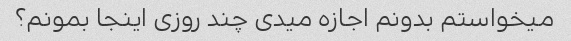
میخواستم بدونم اجازه میدی چند روزی اینجا بمونم؟